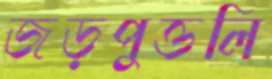
জড়পুত্তলি